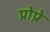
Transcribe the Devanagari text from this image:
प्रोप्रे